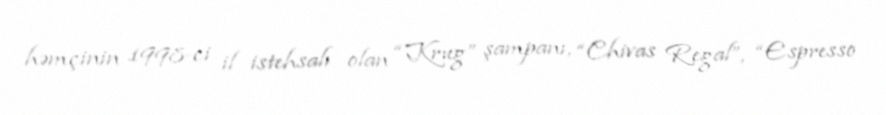
həmçinin 1998-ci il istehsalı olan “Krug” şampanı, “Chivas Regal”, “Espresso